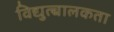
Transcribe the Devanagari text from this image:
विद्युत्च्चालकता